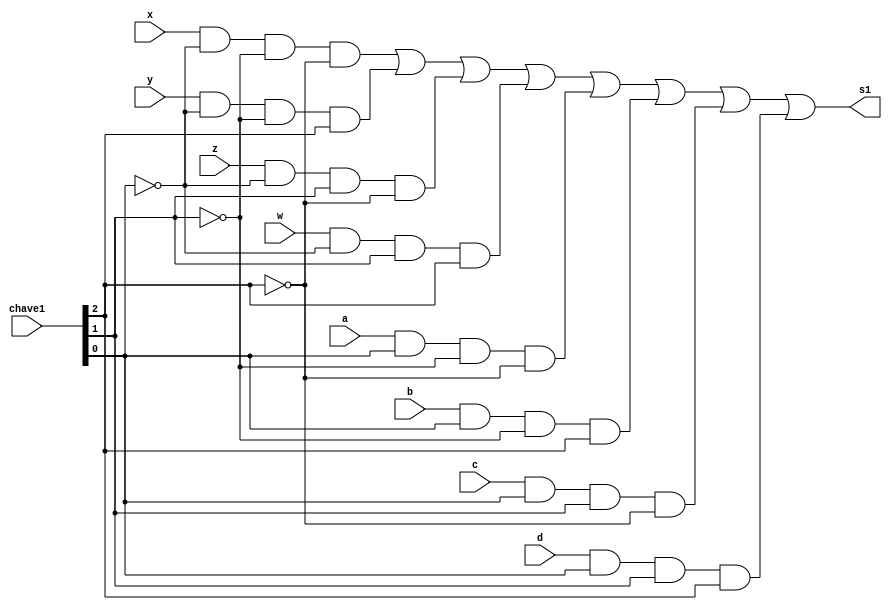
// ------------------------- 
// Exemplo0035 - F4 
// Nome: Gabriel Luiz M. G. Vieira 
// ------------------------- 
// ------------------------- 
// f4_gate 
// ------------------------- 
module mux (output  s1,
input  x, 
input  y,
input  z,
input  w,
input  a, 
input  b,
input  c,
input  d,
input [2:0]chave1);
wire t1,t2,t3,t4,t5,t6,t7,t8,n1,n2,n3;

not NOT1(n1,chave1[0]);
not NOT2(n2,chave1[1]);
not NOT3(n3,chave1[2]);
and AND1(t1,x,n1,n2,n3);
and AND2(t2,y,n1,n2,chave1[2]);
and AND3(t3,z,n1,chave1[1],n3);
and AND4(t4,w,n1,chave1[1],chave1[2]);
and AND5(t5,a,chave1[0],n2,n3);
and AND6(t6,b,chave1[0],n2,chave1[2]);
and AND7(t7,c,chave1[0],chave1[1],n3);
and AND8(t8,d,chave1[0],chave1[1],chave1[2]);
or OR1(s1,t1,t2,t3,t4,t5,t6,t7,t8);

endmodule//mux

module f4 (output  s2,
input  a, 
input  b,
input [2:0] chave2);
wire e,f,g,h,i,j,k,l;
or OR1(e,a,b);
xor XOR1(f,a,b);
nor NOR1(g,a,b);
xnor XNOR1(h,a,b);
and AND1(i,a,b);
nand NAND1(j,a,b);
not NOT1(k,a);
not NOT2(l,b);

mux MUX1(s2,e,f,g,h,i,j,k,l,chave2);

 endmodule // f4
module test_mux_f4; 
// ------------------------- definir dados 
reg x,y;
reg [2:0]z;  
wire g;
f4 modulo1 (g,x,y,z);
// ------------------------- parte principal 
initial begin 
$display("Exemplo0035 - Gabriel Luiz M. G. Vieira - 441691"); 
$display("Test LU's module"); 
x = 'b0; y = 'b0; z = 'b000;
// projetar testes do modulo 
#1 $monitor("%3b %3b -Chave- %3b - s2 = %3b",x,y,z,g);
#1 x = 'b0; y = 'b1;z ='b000;
#1 x = 'b1; y = 'b0;z ='b000;
#1 x = 'b1; y = 'b1;z ='b000;

#1 x = 'b0; y = 'b0;z ='b001;
#1 x = 'b0; y = 'b1;z ='b001;
#1 x = 'b1; y = 'b0;z ='b001;
#1 x = 'b1; y = 'b1;z ='b001;

#1 x = 'b0; y = 'b0;z ='b010;
#1 x = 'b0; y = 'b1;z ='b010;
#1 x = 'b1; y = 'b0;z ='b010;
#1 x = 'b1; y = 'b1;z ='b010;

#1 x = 'b0; y = 'b0;z ='b011;
#1 x = 'b0; y = 'b1;z ='b011;
#1 x = 'b1; y = 'b0;z ='b011;
#1 x = 'b1; y = 'b1;z ='b011;

#1 x = 'b0; y = 'b0;z ='b100;
#1 x = 'b0; y = 'b1;z ='b100;
#1 x = 'b1; y = 'b0;z ='b100;
#1 x = 'b1; y = 'b1;z ='b100;

#1 x = 'b0; y = 'b0;z ='b101;
#1 x = 'b0; y = 'b1;z ='b101;
#1 x = 'b1; y = 'b0;z ='b101;
#1 x = 'b1; y = 'b1;z ='b101;

#1 x = 'b0; y = 'b0;z ='b110;
#1 x = 'b0; y = 'b1;z ='b110;
#1 x = 'b1; y = 'b0;z ='b110;
#1 x = 'b1; y = 'b1;z ='b110;

#1 x = 'b0; y = 'b0;z ='b111;
#1 x = 'b0; y = 'b1;z ='b111;
#1 x = 'b1; y = 'b0;z ='b111;
#1 x = 'b1; y = 'b1;z ='b111;

end 
endmodule // test_f4